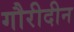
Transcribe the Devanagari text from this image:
गौरीदीन